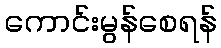
ကောင်းမွန်စေရန်